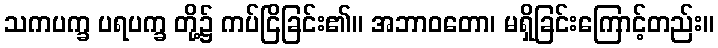
သကပက္ခ ပရပက္ခ တို့၌ ကပ်ငြိခြင်း၏။ အဘာဝတော၊ မရှိခြင်းကြောင့်တည်း။